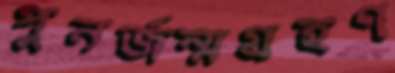
পুনর্জন্মগ্রহণ